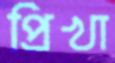
প্রিখা